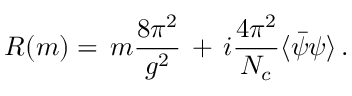
R ( m ) = \, m \frac { 8 \pi ^ { 2 } } { g ^ { 2 } } \, + \, i \frac { 4 \pi ^ { 2 } } { N _ { c } } \langle \bar { \psi } \psi \rangle \, .